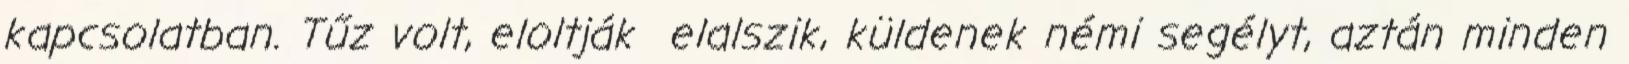
kapcsolatban. Tűz volt, eloltják elalszik, küldenek némi segélyt, aztán minden